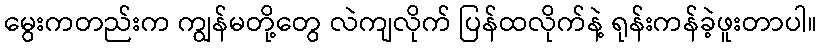
မွေးကတည်းက ကျွန်မတို့တွေ လဲကျလိုက် ပြန်ထလိုက်နဲ့ ရုန်းကန်ခဲ့ဖူးတာပါ။